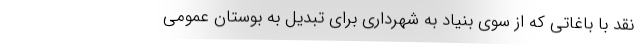
نقد با باغاتی که از سوی بنیاد به شهرداری برای تبدیل به بوستان عمومی